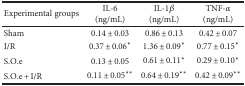
<table><thead><tr><td><b>Experimental groups</b></td><td><b>IL-6 (ng/mL)</b></td><td><b>IL-1<i>β</i> (ng/mL)</b></td><td><b>TNF-<i>α</i> (ng/mL)</b></td></tr></thead><tbody><tr><td>Sham</td><td>0.14 ± 0.03</td><td>0.86 ± 0.13</td><td>0.42 ± 0.07</td></tr><tr><td>I/R</td><td>0.37 ± 0.06<sup>∗</sup></td><td>1.36 ± 0.09<sup>∗</sup></td><td>0.77 ± 0.15<sup>∗</sup></td></tr><tr><td>S.O.e</td><td>0.13 ± 0.05</td><td>0.61 ± 0.11<sup>∗</sup></td><td>0.29 ± 0.10<sup>∗</sup></td></tr><tr><td>S.O.e + I/R</td><td>0.11 ± 0.05<sup>∗∗</sup></td><td>0.64 ± 0.19<sup>∗∗</sup></td><td>0.42 ± 0.09<sup>∗∗</sup></td></tr></tbody></table>